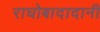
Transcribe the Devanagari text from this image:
राघोबादादानी